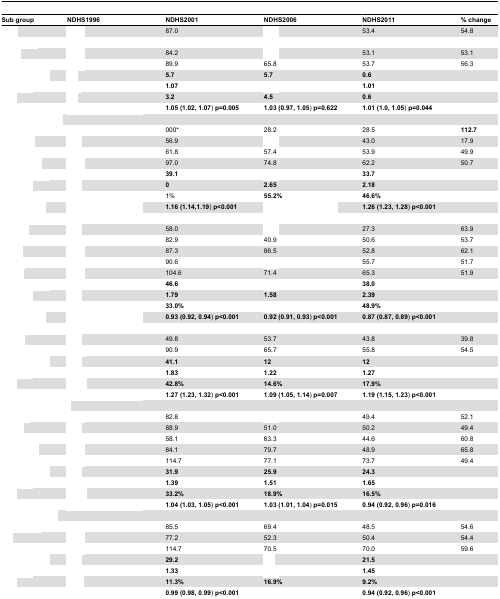
<table><thead><tr><td><b>Sub group</b></td><td><b>NDHS1996</b></td><td><b>NDHS2001</b></td><td><b>NDHS2006</b></td><td><b>NDHS2011</b></td><td><b>% change</b></td></tr></thead><tbody><tr><td>[EMPTY_CELL]</td><td>[EMPTY_CELL]</td><td>87.0</td><td>[EMPTY_CELL]</td><td>53.4</td><td>54.8</td></tr><tr><td colspan="6">[EMPTY_CELL]</td></tr><tr><td>[EMPTY_CELL]</td><td>[EMPTY_CELL]</td><td>84.2</td><td>[EMPTY_CELL]</td><td>53.1</td><td>53.1</td></tr><tr><td>[EMPTY_CELL]</td><td>[EMPTY_CELL]</td><td>89.9</td><td>65.8</td><td>53.7</td><td>56.3</td></tr><tr><td>[EMPTY_CELL]</td><td>[EMPTY_CELL]</td><td><b>5.7</b></td><td><b>5.7</b></td><td><b>0.6</b></td><td>[EMPTY_CELL]</td></tr><tr><td>[EMPTY_CELL]</td><td>[EMPTY_CELL]</td><td><b>1.07</b></td><td>[EMPTY_CELL]</td><td><b>1.01</b></td><td>[EMPTY_CELL]</td></tr><tr><td>[EMPTY_CELL]</td><td>[EMPTY_CELL]</td><td><b>3.2</b></td><td><b>4.5</b></td><td><b>0.6</b></td><td>[EMPTY_CELL]</td></tr><tr><td>[EMPTY_CELL]</td><td>[EMPTY_CELL]</td><td><b>1.05 (1.02, 1.07</b>)<b> p=0.005</b></td><td><b>1.03 (0.97, 1.05</b>)<b> p=0.622</b></td><td><b>1.01 (1.0, 1.05</b>)<b> p=0.044</b></td><td>[EMPTY_CELL]</td></tr><tr><td colspan="6">[EMPTY_CELL]</td></tr><tr><td>[EMPTY_CELL]</td><td>[EMPTY_CELL]</td><td>000*</td><td>28.2</td><td>28.5</td><td><b>112.7</b></td></tr><tr><td>[EMPTY_CELL]</td><td>[EMPTY_CELL]</td><td>56.9</td><td>[EMPTY_CELL]</td><td>43.0</td><td>17.9</td></tr><tr><td>[EMPTY_CELL]</td><td>[EMPTY_CELL]</td><td>61.8</td><td>57.4</td><td>53.9</td><td>49.9</td></tr><tr><td>[EMPTY_CELL]</td><td>[EMPTY_CELL]</td><td>97.0</td><td>74.8</td><td>62.2</td><td>50.7</td></tr><tr><td>[EMPTY_CELL]</td><td>[EMPTY_CELL]</td><td><b>39.1</b></td><td>[EMPTY_CELL]</td><td><b>33.7</b></td><td>[EMPTY_CELL]</td></tr><tr><td>[EMPTY_CELL]</td><td>[EMPTY_CELL]</td><td><b>0</b></td><td><b>2.65</b></td><td><b>2.18</b></td><td>[EMPTY_CELL]</td></tr><tr><td>[EMPTY_CELL]</td><td>[EMPTY_CELL]</td><td>1%</td><td><b>55.2%</b></td><td><b>46.6%</b></td><td>[EMPTY_CELL]</td></tr><tr><td>[EMPTY_CELL]</td><td>[EMPTY_CELL]</td><td><b>1.16 (1.14,1.19</b>)<b> p&lt;0.001</b></td><td>[EMPTY_CELL]</td><td><b>1.26 (1.23, 1.28</b>)<b> p&lt;0.001</b></td><td>[EMPTY_CELL]</td></tr><tr><td colspan="6">[EMPTY_CELL]</td></tr><tr><td>[EMPTY_CELL]</td><td>[EMPTY_CELL]</td><td>58.0</td><td>[EMPTY_CELL]</td><td>27.3</td><td>63.9</td></tr><tr><td>[EMPTY_CELL]</td><td>[EMPTY_CELL]</td><td>82.9</td><td>40.9</td><td>50.6</td><td>53.7</td></tr><tr><td>[EMPTY_CELL]</td><td>[EMPTY_CELL]</td><td>87.3</td><td>86.5</td><td>52.8</td><td>62.1</td></tr><tr><td>[EMPTY_CELL]</td><td>[EMPTY_CELL]</td><td>90.6</td><td>[EMPTY_CELL]</td><td>55.7</td><td>51.7</td></tr><tr><td>[EMPTY_CELL]</td><td>[EMPTY_CELL]</td><td> 104.6</td><td>71.4</td><td>65.3</td><td>51.9</td></tr><tr><td>[EMPTY_CELL]</td><td>[EMPTY_CELL]</td><td><b>46.6</b></td><td>[EMPTY_CELL]</td><td><b>38.0</b></td><td>[EMPTY_CELL]</td></tr><tr><td>[EMPTY_CELL]</td><td>[EMPTY_CELL]</td><td><b>1.79</b></td><td><b>1.58</b></td><td><b>2.39</b></td><td>[EMPTY_CELL]</td></tr><tr><td>[EMPTY_CELL]</td><td>[EMPTY_CELL]</td><td><b>33.0%</b></td><td>[EMPTY_CELL]</td><td><b>48.9%</b></td><td>[EMPTY_CELL]</td></tr><tr><td>[EMPTY_CELL]</td><td>[EMPTY_CELL]</td><td><b>0.93 (0.92, 0.94</b>)<b> p&lt;0.001</b></td><td><b>0.92 (0.91, 0.93</b>)<b> p&lt;0.001</b></td><td><b>0.87 (0.87, 0.89</b>)<b> p&lt;0.001</b></td><td>[EMPTY_CELL]</td></tr><tr><td colspan="6">[EMPTY_CELL]</td></tr><tr><td>[EMPTY_CELL]</td><td>[EMPTY_CELL]</td><td>49.8</td><td>53.7</td><td>43.8</td><td>39.8</td></tr><tr><td>[EMPTY_CELL]</td><td>[EMPTY_CELL]</td><td>90.9</td><td>65.7</td><td>55.8</td><td>54.5</td></tr><tr><td>[EMPTY_CELL]</td><td>[EMPTY_CELL]</td><td><b>41.1</b></td><td><b>12</b></td><td><b>12</b></td><td>[EMPTY_CELL]</td></tr><tr><td>[EMPTY_CELL]</td><td>[EMPTY_CELL]</td><td><b>1.83</b></td><td><b>1.22</b></td><td><b>1.27</b></td><td>[EMPTY_CELL]</td></tr><tr><td>[EMPTY_CELL]</td><td>[EMPTY_CELL]</td><td><b>42.8%</b></td><td><b>14.6%</b></td><td><b>17.9%</b></td><td>[EMPTY_CELL]</td></tr><tr><td>[EMPTY_CELL]</td><td>[EMPTY_CELL]</td><td><b>1.27 (1.23, 1.32</b>)<b> p&lt;0.001</b></td><td><b>1.09 (1.05, 1.14</b>)<b> p=0.007</b></td><td><b>1.19 (1.15, 1.23</b>)<b> p&lt;0.001</b></td><td>[EMPTY_CELL]</td></tr><tr><td colspan="6">[EMPTY_CELL]</td></tr><tr><td>[EMPTY_CELL]</td><td>[EMPTY_CELL]</td><td>82.8</td><td>[EMPTY_CELL]</td><td>49.4</td><td>52.1</td></tr><tr><td>[EMPTY_CELL]</td><td>[EMPTY_CELL]</td><td>88.9</td><td>51.0</td><td>50.2</td><td>49.4</td></tr><tr><td>[EMPTY_CELL]</td><td>[EMPTY_CELL]</td><td>58.1</td><td>63.3</td><td>44.6</td><td>60.8</td></tr><tr><td>[EMPTY_CELL]</td><td>[EMPTY_CELL]</td><td>84.1</td><td>79.7</td><td>48.9</td><td>65.8</td></tr><tr><td>[EMPTY_CELL]</td><td>[EMPTY_CELL]</td><td>114.7</td><td>77.1</td><td>73.7</td><td>49.4</td></tr><tr><td>[EMPTY_CELL]</td><td>[EMPTY_CELL]</td><td><b>31.9</b></td><td><b>25.9</b></td><td><b>24.3</b></td><td>[EMPTY_CELL]</td></tr><tr><td>[EMPTY_CELL]</td><td>[EMPTY_CELL]</td><td><b>1.39</b></td><td><b>1.51</b></td><td><b>1.65</b></td><td>[EMPTY_CELL]</td></tr><tr><td>[EMPTY_CELL]</td><td>[EMPTY_CELL]</td><td><b>33.2%</b></td><td><b>18.9%</b></td><td><b>16.5%</b></td><td>[EMPTY_CELL]</td></tr><tr><td>[EMPTY_CELL]</td><td>[EMPTY_CELL]</td><td><b>1.04 (1.03, 1.05</b>)<b> p&lt;0.001</b></td><td><b>1.03 (1.01, 1.04</b>)<b> p=0.015</b></td><td><b>0.94 (0.92, 0.96</b>)<b> p=0.016</b></td><td>[EMPTY_CELL]</td></tr><tr><td colspan="6">[EMPTY_CELL]</td></tr><tr><td>[EMPTY_CELL]</td><td>[EMPTY_CELL]</td><td>85.5</td><td>69.4</td><td>48.5</td><td>54.6</td></tr><tr><td>[EMPTY_CELL]</td><td>[EMPTY_CELL]</td><td>77.2</td><td>52.3</td><td>50.4</td><td>54.4</td></tr><tr><td>[EMPTY_CELL]</td><td>[EMPTY_CELL]</td><td>114.7</td><td>70.5</td><td>70.0</td><td>59.6</td></tr><tr><td>[EMPTY_CELL]</td><td>[EMPTY_CELL]</td><td><b>29.2</b></td><td>[EMPTY_CELL]</td><td><b>21.5</b></td><td>[EMPTY_CELL]</td></tr><tr><td>[EMPTY_CELL]</td><td>[EMPTY_CELL]</td><td><b>1.33</b></td><td>[EMPTY_CELL]</td><td><b>1.45</b></td><td>[EMPTY_CELL]</td></tr><tr><td>[EMPTY_CELL]</td><td>[EMPTY_CELL]</td><td><b>11.3%</b></td><td><b>16.9%</b></td><td><b>9.2%</b></td><td>[EMPTY_CELL]</td></tr><tr><td>[EMPTY_CELL]</td><td>[EMPTY_CELL]</td><td><b>0.99 (0.98, 0.99</b>)<b> p&lt;0.001</b></td><td>[EMPTY_CELL]</td><td><b>0.94 (0.92, 0.96</b>)<b> p&lt;0.001</b></td><td>[EMPTY_CELL]</td></tr></tbody></table>